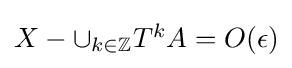
{\textstyle X-\cup _{k\in \mathbb {Z} }T^{k}A=O(\epsilon )}